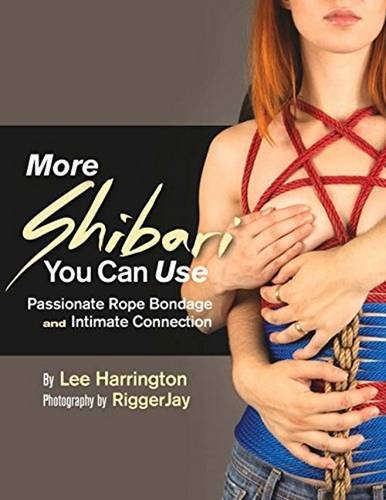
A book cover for More Shibari You Can Use: Passionate Rope Bondage and Intimate Connection; Lee Harrington; Health, Fitness & Dieting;